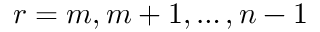
r = m , m + 1 , \ldots , n - 1